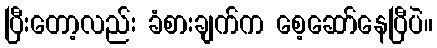
ပြီးတော့လည်း ခံစားချက်က စေ့ဆော်နေပြီပဲ။